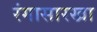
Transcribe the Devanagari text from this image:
रंगासारखा